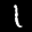
Label: 1